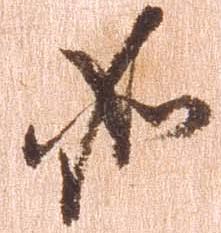
如